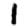
Digit: 1